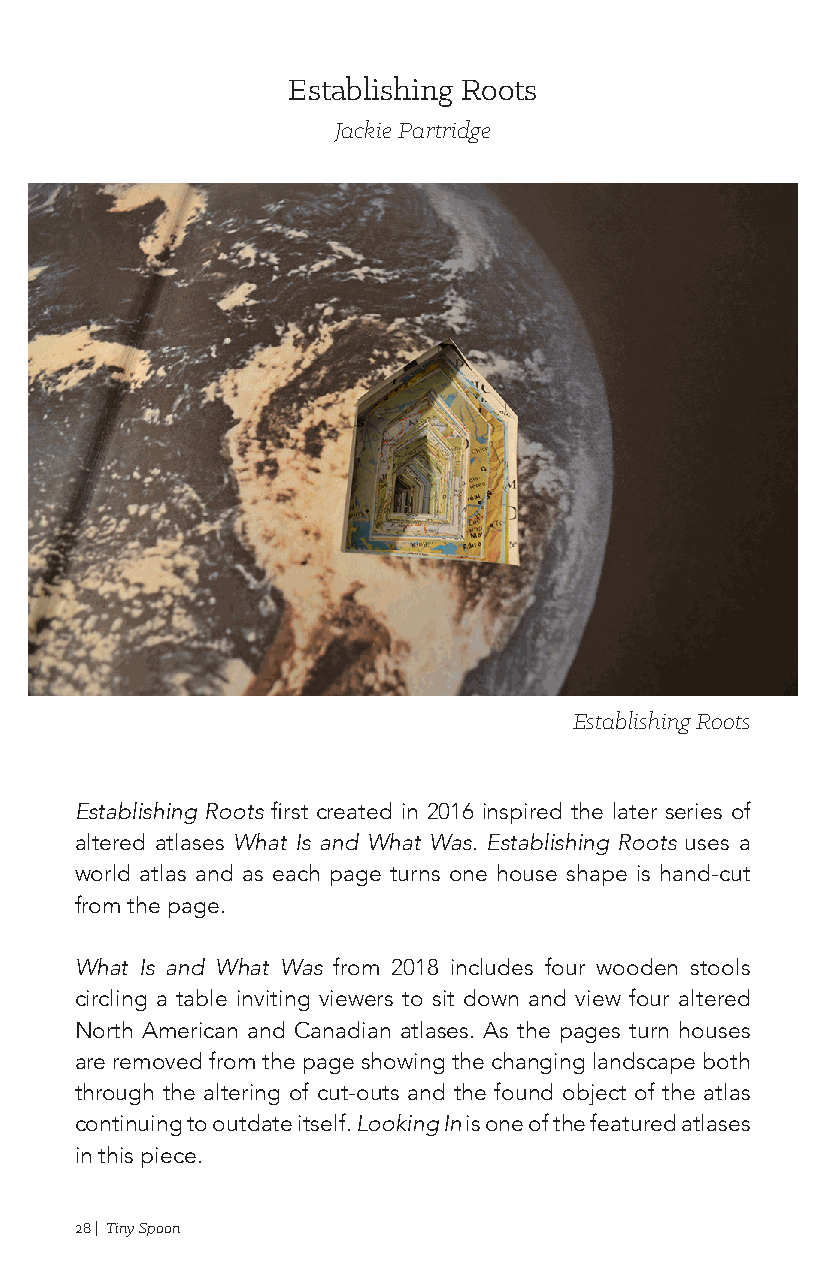
Establishing Roots
 Jackie Partridge
 Establishing Roots
 Establishing Roots first created in 2016 inspired the later series of
 altered atlases What Is and What Was. Establishing Roots uses a
 world atlas and as each page turns one house shape is hand-cut
 from the page.
 What Is and What Was from 2018 includes four wooden stools
 circling a table inviting viewers to sit down and view four altered
 North American and Canadian atlases. As the pages turn houses
 are removed from the page showing the changing landscape both
 through the altering of cut-outs and the found object of the atlas
 continuing to outdate itself. Looking In is one of the featured atlases
 in this piece.
 28 | Tiny Spoon